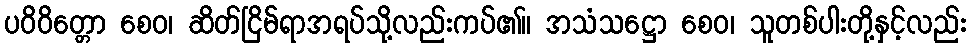
ပဝိဝိတ္တော စေဝ၊ ဆိတ်ငြိမ်ရာအရပ်သို့လည်းကပ်၏။ အသံသဋ္ဌော စေဝ၊ သူတစ်ပါးတို့နှင့်လည်း